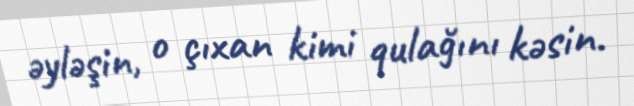
əyləşin, o çıxan kimi qulağını kəsin.